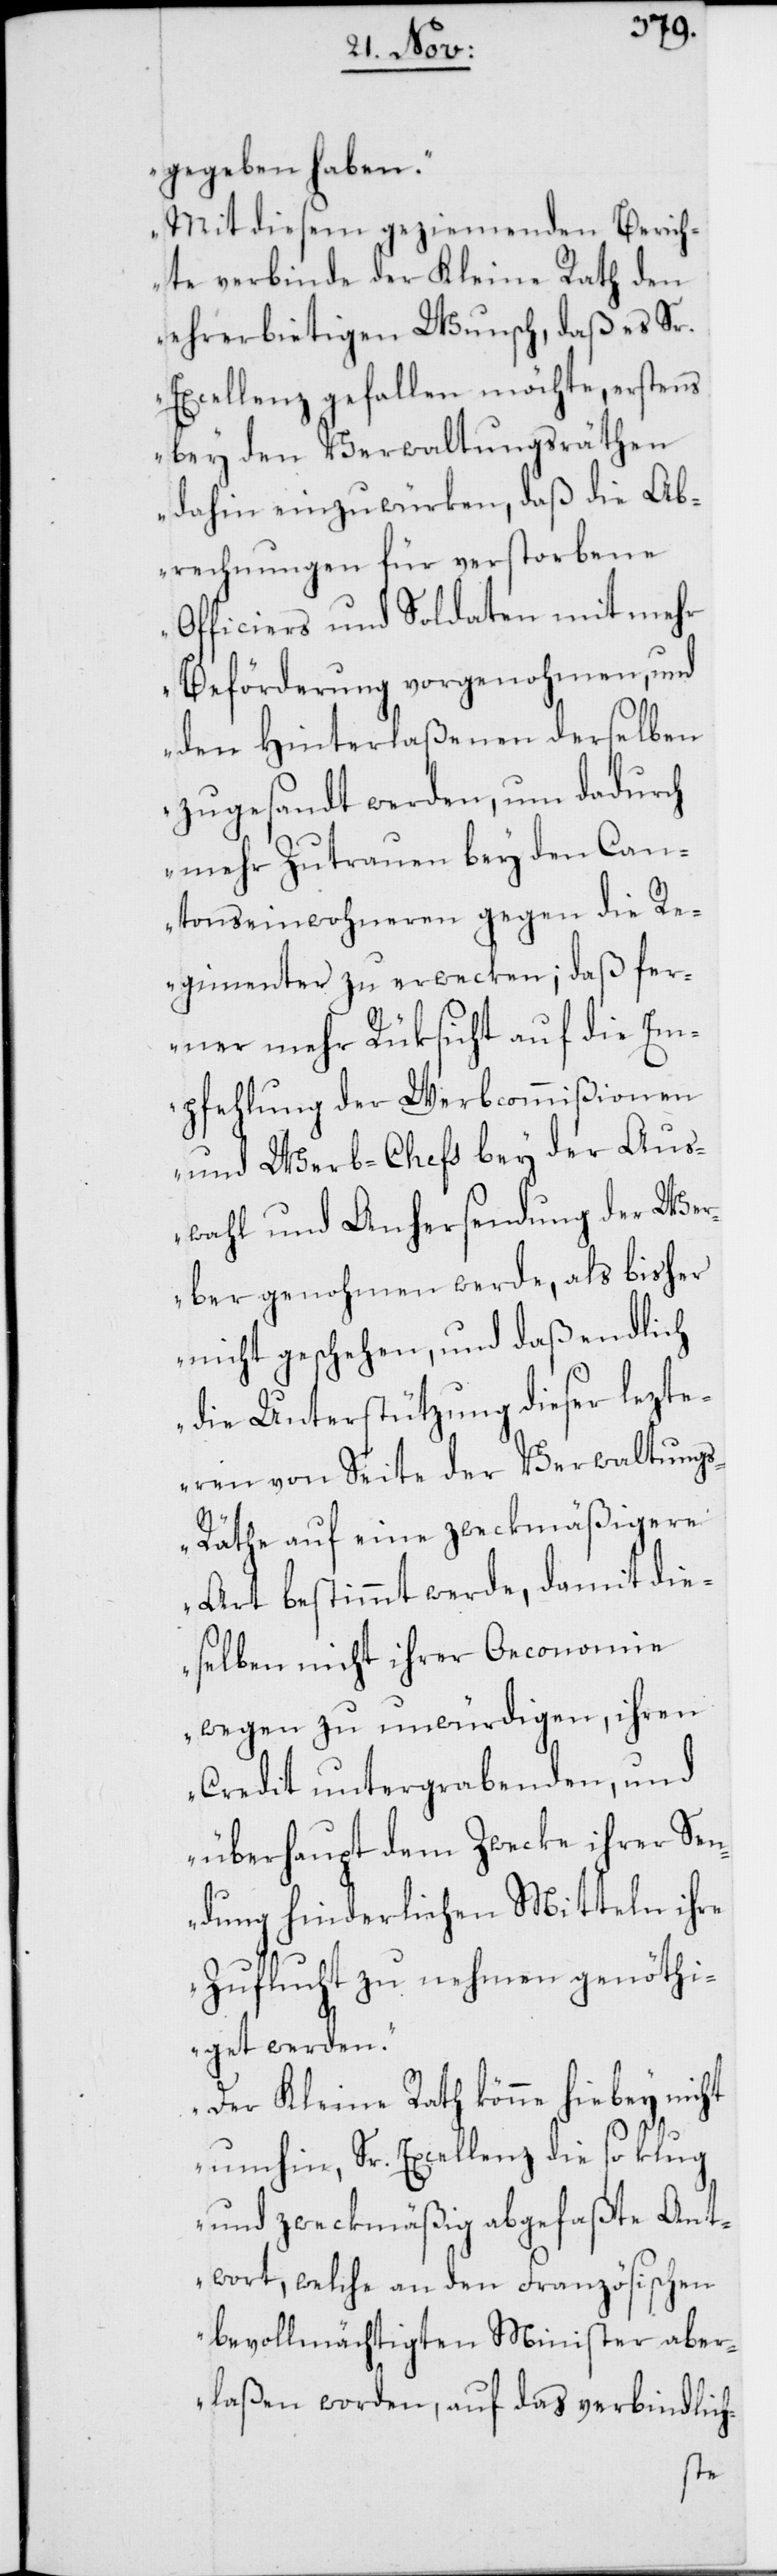
gegeben haben.
Mit diesem geziemenden Berich¬
te verbinde der Kleine Rath den
ehrerbietigen Wunsch, daß es Sr.
Excellenz gefallen möchte, erstens
bey den Verwaltungsräthen
dahin einzuwürken, daß die Ab¬
rechnungen für verstorbene
Officiers und Soldaten mit mehr
Beförderung vorgenohmen, und
den Hinterlaßenen derselben
zugesandt werden, um dadurch
mehr Zutrauen bey den Can¬
tonseinwohneren gegen die R¬
egimenter zu erwecken; daß fer¬
ner mehr Rüksicht auf die Em¬
pfehlung der Werbcommißionen
und Werb-Chefs bey der Aus¬
wahl und Anhersendung der Wer¬
ber genohmen werde, als bisher
nicht geschehen, und daß endlich
die Unterstützung dieser lezte¬
ren von Seite der Verwaltung¬
s-Räthe auf eine zweckmäßigere
Art bestimmt werde, damit die¬
selben nicht ihrer Oeconomie
wegen zu unwürdigen, ihren
Credit untergrabenden, und
überhaupt dem Zwecke ihrer Sen¬
dung hinderlichen Mitteln ihre
Zuflucht zu nehmen genöthi¬
get werden.
Der Kleine Rath könne hiebey nicht
umhin, Sr. Excellenz die so klug
und zweckmäßig abgefaßte Ant¬
wort, welche an den Französischen
bevollmächtigten Minister aber¬
laßen worden, auf das verbindlich-